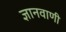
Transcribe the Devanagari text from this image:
ज्ञानवाणी